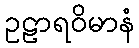
ဥဠာရဝိမာနံ